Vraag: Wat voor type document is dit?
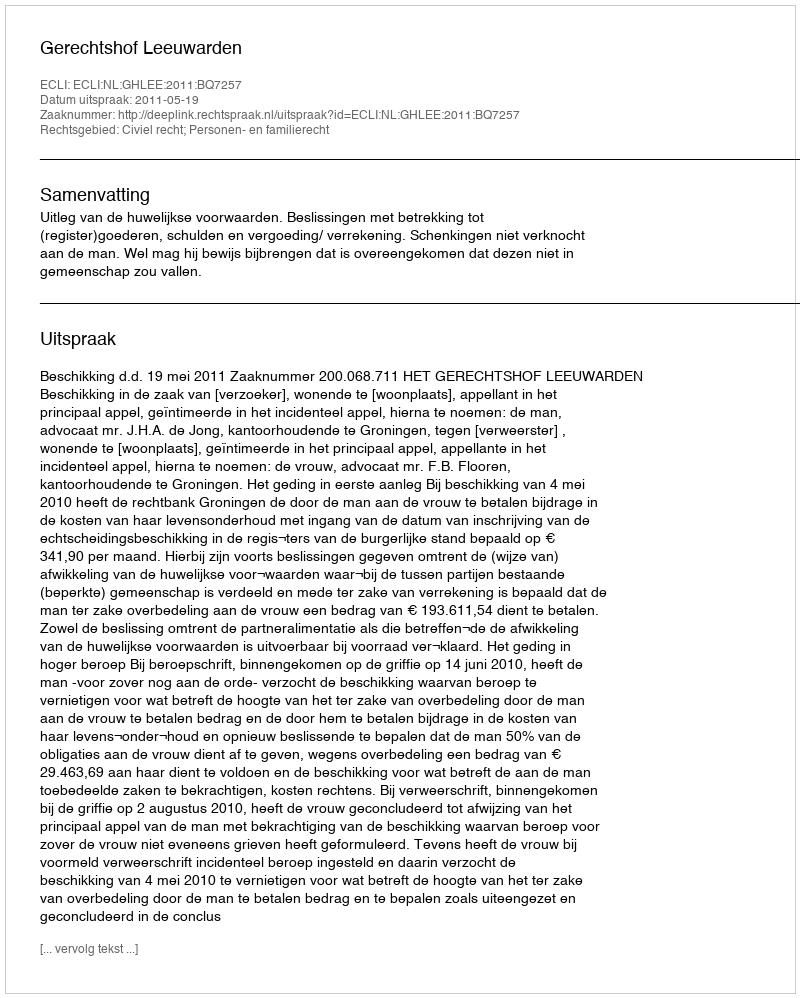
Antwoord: Uitspraak